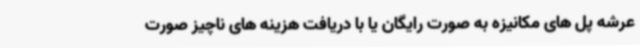
عرشه پل های مکانیزه به صورت رایگان یا با دریافت هزینه های ناچیز صورت